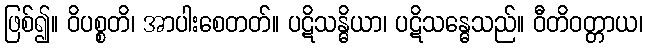
ဖြစ်၍။ ဝိပစ္စတိ၊ အာပါးစေတတ်။ ပဋိသန္ဓိယာ၊ ပဋိသန္ဓေသည်။ ဝီတိဝတ္တာယ၊